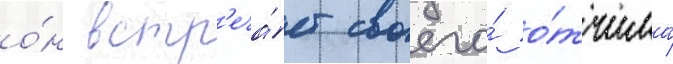
о́н встр'еча́ет своего́ о́тчима